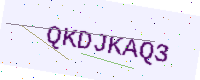
Text: QKDJKAQ3